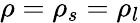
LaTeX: \rho=\rho_{s}=\rho_{l}